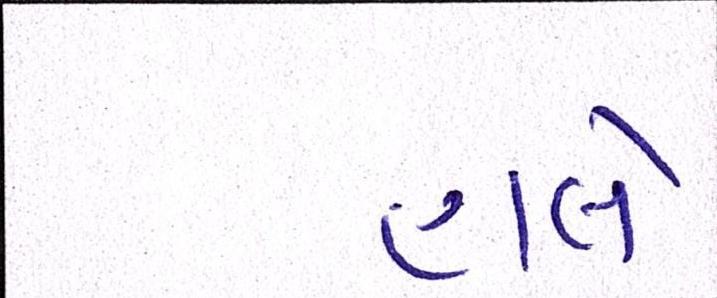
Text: હાલે